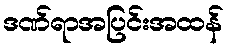
ဒဏ်ရာအပြင်းအထန်